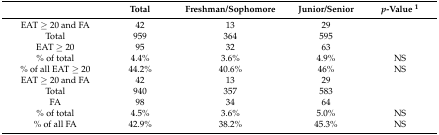
<table><thead><tr><td></td><td><b>Total</b></td><td><b>Freshman/Sophomore</b></td><td><b>Junior/Senior</b></td><td><b><i>p</i>-Value <sup>1</sup></b></td></tr></thead><tbody><tr><td>EAT ≥ 20 and FA</td><td>42</td><td>13</td><td>29</td><td></td></tr><tr><td>Total</td><td>959</td><td>364</td><td>595</td><td></td></tr><tr><td>EAT ≥ 20</td><td>95</td><td>32</td><td>63</td><td></td></tr><tr><td>% of total</td><td>4.4%</td><td>3.6%</td><td>4.9%</td><td>NS</td></tr><tr><td>% of all EAT ≥ 20</td><td>44.2%</td><td>40.6%</td><td>46%</td><td>NS</td></tr><tr><td>EAT ≥ 20 and FA</td><td>42</td><td>13</td><td>29</td><td></td></tr><tr><td>Total</td><td>940</td><td>357</td><td>583</td><td></td></tr><tr><td>FA</td><td>98</td><td>34</td><td>64</td><td></td></tr><tr><td>% of total</td><td>4.5%</td><td>3.6%</td><td>5.0%</td><td>NS</td></tr><tr><td>% of all FA</td><td>42.9%</td><td>38.2%</td><td>45.3%</td><td>NS</td></tr></tbody></table>